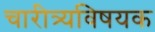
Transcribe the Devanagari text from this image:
चारीत्र्यविषयक